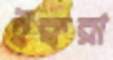
ইক্বরা